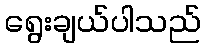
ရွေးချယ်ပါသည်